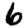
Digit: 6